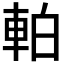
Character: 𫏴